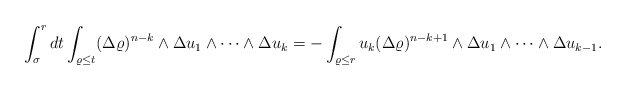
\begin{align*}\int_\sigma^rdt \int_{\varrho \leq t}(\Delta \varrho)^{n-k}\wedge \Delta u_1\wedge\dots\wedge \Delta u_k =- \int_{\varrho \leq r}u_k(\Delta \varrho)^{n-k+1}\wedge \Delta u_1\wedge\dots\wedge \Delta u_ { k-1 } .\end{align*}